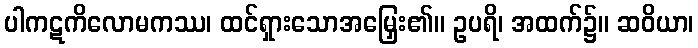
ပါကဋကိလောမကဿ၊ ထင်ရှားသောအမြှေး၏။ ဥပရိ၊ အထက်၌။ ဆဝိယာ၊